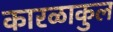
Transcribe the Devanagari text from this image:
कारळाकुल